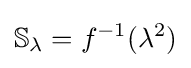
\mathbb {S} _{\lambda }=f^{-1}(\lambda ^{2})